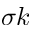
\sigma k